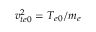
v _ { t e 0 } ^ { 2 } = T _ { e 0 } / m _ { e }